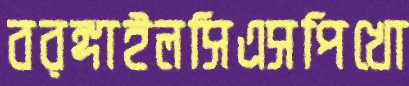
বরঙ্গাইলসিএসপিখো